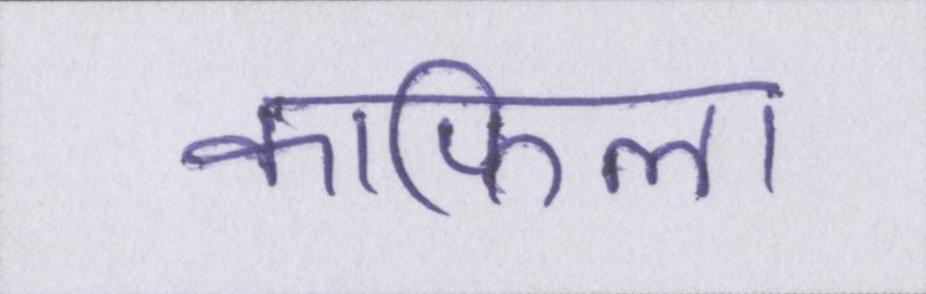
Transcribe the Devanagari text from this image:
काफिला